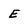
Character: E